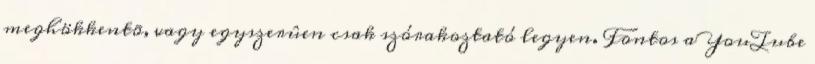
meghökkentõ, vagy egyszerûen csak szórakoztató legyen. Fontos a YouTube